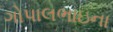
ગોપાલભાઇના